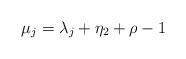
LaTeX: \begin{align*} \mu_j = \lambda_j + \eta_2 + \rho - 1 \end{align*}